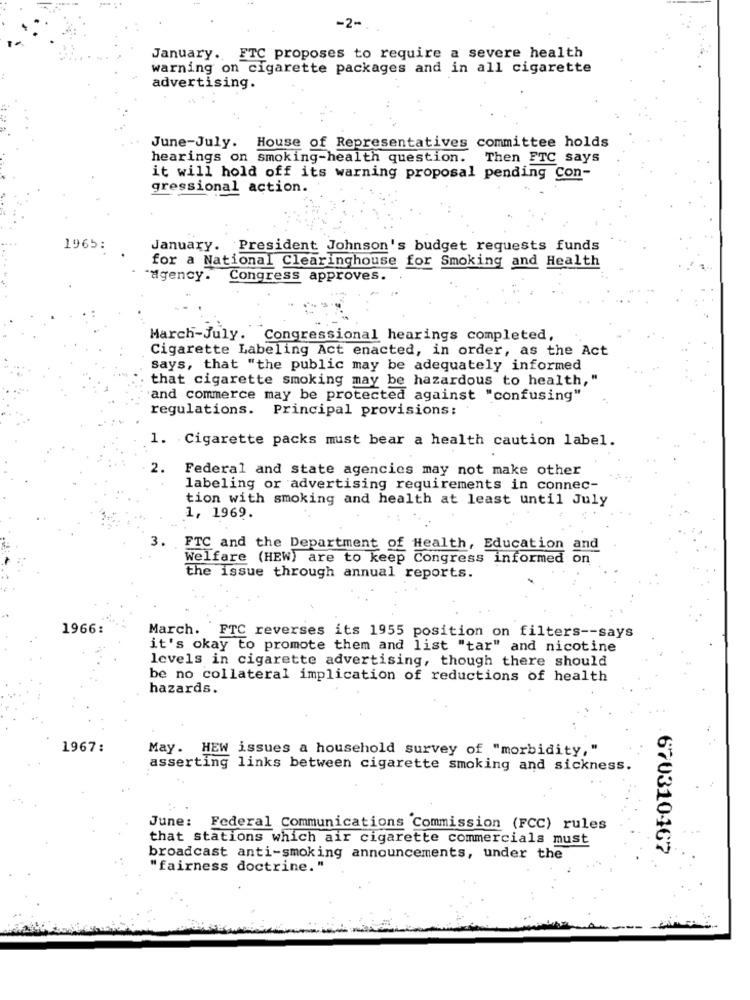
-2-
January. ETC proposes to require a severe health
warning on cigarette packages and in all cigarette
advertising.
June-July.
House of Representatives committee holds
hearings on smoking-health question. Then FTC says
it will hold off its warning proposal pending con-
gressional action.
1965:
January. President Johnson's budget requests funds
for a National Clearinghouse for Smoking and Health
agency. Congress approves.
March-July. Congressional hearings completed,
Cigarette Labeling Act enacted, in order, as the Act
says, that "the public may be adequately informed
that cigarette smoking may be hazardous to health,"
and commerce may be protected against "confusing"
regulations. Principal provisions:
1. Cigarette packs must bear a health caution label.
2.
Federal and state agencies may not make other
labeling or advertising requirements in connec-
tion with smoking and health at least until July
1, 1969.
3. FTC and the Department of Health, Education and
Welfare (HEW) are to keep Congress informed on
the issue through annual reports.
1966:
March.
FTC reverses its 1955 position on filters -- says
it's okay to promote them and list "tar" and nicotine
levels in cigarette advertising, though there should
be no collateral implication of reductions of health
hazards.
1967:
May. HEW issues a household survey of "morbidity,"
asserting links between cigarette smoking and sickness.
June: Federal Communications Commission (FCC) rules
that stations which air cigarette commercials must
670310-167
broadcast anti-smoking announcements, under the
"fairness doctrine. "